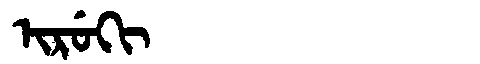
Manchu: ᡳᡵᡠᡴᡳ
Romanization: IRUKI